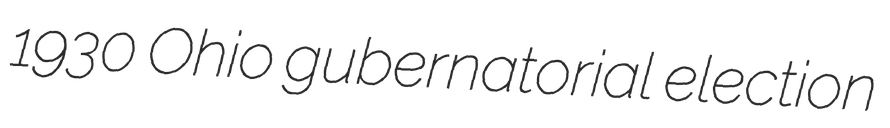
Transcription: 1930 Ohio gubernatorial election